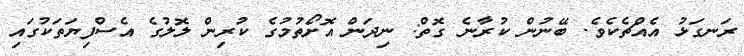
ރަނގަޅު އެއްޗެކެވެ. ބޭނުން ކުރާނެ ގޮތް: ނިދަން އޮށޯތުމުގެ ކުރިން ލޮލުގެ އެސްފިޔަތަކުގައި